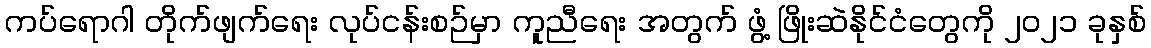
ကပ်ရောဂါ တိုက်ဖျက်ရေး လုပ်ငန်းစဉ်မှာ ကူညီရေး အတွက် ဖွံ့ ဖြိုးဆဲနိုင်ငံတွေကို ၂၀၂၁ ခုနှစ်